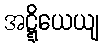
အဋ္ဋိယေယျ